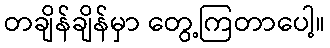
တချိန်ချိန်မှာ တွေ့ကြတာပေါ့။